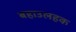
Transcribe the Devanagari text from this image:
बहाउलहक